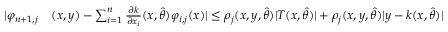
\begin{array} { r l } { \vert \varphi _ { n + 1 , j } } & { ( x , y ) - \sum _ { i = 1 } ^ { n } \frac { \partial k } { \partial x _ { i } } ( x , \hat { \theta } ) \varphi _ { i , j } ( x ) \vert \leq \rho _ { j } ( x , y , \hat { \theta } ) \vert T ( x , \hat { \theta } ) \vert + \rho _ { j } ( x , y , \hat { \theta } ) \vert y - k ( x , \hat { \theta } ) \vert } \end{array}